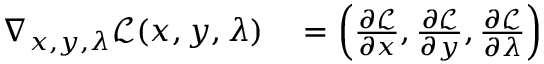
\begin{array} { r l } { \nabla _ { x , y , \lambda } { \mathcal { L } } ( x , y , \lambda ) } & { { } = \left( { \frac { \partial { \mathcal { L } } } { \partial x } } , { \frac { \partial { \mathcal { L } } } { \partial y } } , { \frac { \partial { \mathcal { L } } } { \partial \lambda } } \right) } \end{array}